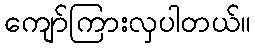
ကျော်ကြားလှပါတယ်။